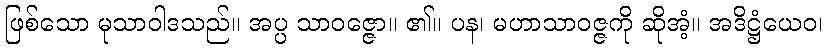
ဖြစ်သော မုသာဝါဒသည်။ အပ္ပ သာဝဇ္ဇော။ ၏။ ပန၊ မဟာသာဝဇ္ဇကို ဆိုအံ့။ အဒိဋ္ဌံယေဝ၊